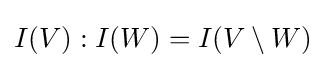
I(V):I(W)=I(V\setminus W)